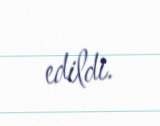
edildi.